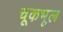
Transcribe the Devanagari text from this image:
चूकभूल